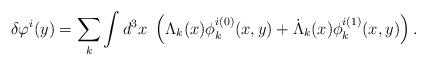
LaTeX: \begin{align*}\delta\varphi^i(y)=\sum_{k}\int d^3x \ \left(\Lambda_k(x)\phi^{i(0)}_k(x,y) + \dot{\Lambda}_k(x)\phi^{i(1)}_k(x,y)\right).\end{align*}